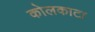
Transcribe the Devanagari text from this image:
कोलकाटा